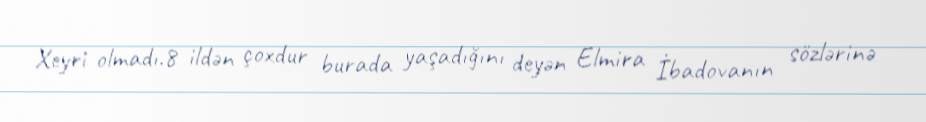
Xeyri olmadı.8 ildən çoxdur burada yaşadığını deyən Elmira İbadovanın sözlərinə